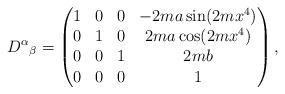
LaTeX: \begin{align*}D^\alpha{}_\beta=\begin{pmatrix}1&0&0&-2ma\sin(2mx^4)\\0&1&0&2ma\cos(2mx^4)\\0&0&1&2mb\\0&0&0&1\end{pmatrix},\end{align*}